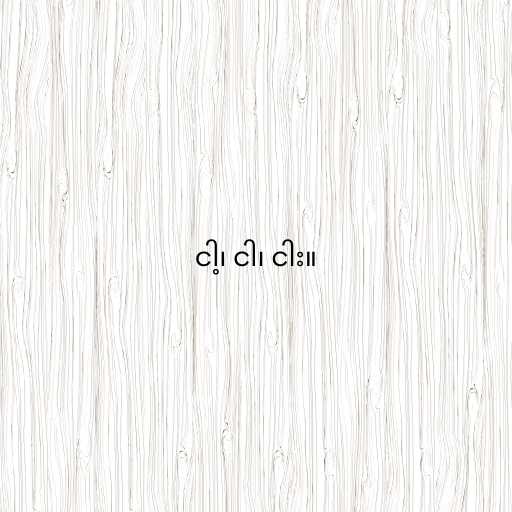
ငါ့၊ ငါ၊ ငါး။